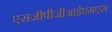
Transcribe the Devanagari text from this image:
एसजीपीजीआईएमएस